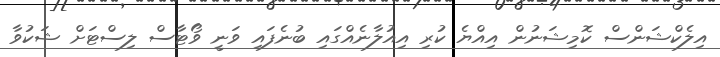
އިލެކްޝަންސް ކޮމިޝަނުން އިއްޔެ ކުރި އިއުލާނެއްގައި ބުނެފައި ވަނީ ވޯޓާސް ލިސްޓަށް ޝަކުވާ